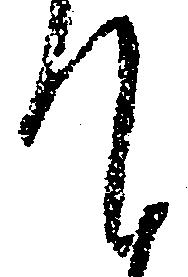
て